Sketch of the medical history of the native army of Bombay, for the year
Year: 1876
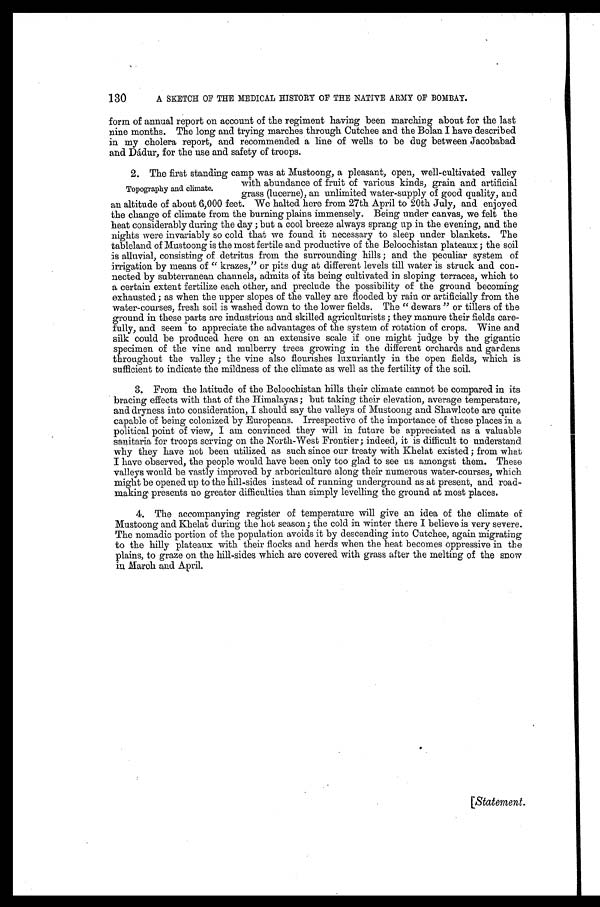
130.
A SKETCH OP THE MEDICAL HISTORY OF THE NATIVE ARMY OF BOMBAY.
form of annual report on account of the regiment having been marching about for the last
nine months. The long and trying marches through Cutchee and the Bolan I have described
in my cholera report, and recommended a line of wells to be dug between Jacobabad
and Dadur, for the use and safety of troops.
2. The first standing camp was at Mustoong, a pleasant, open, well-cultivated valley
with abundance of fruit of various kinds, grain and artificial
grass (lucerne), an unlimited water-supply of good quality, and
an altitude of about 6,000 feet. We halted here from 27th April to 20th July, and enjoyed
the change of climate from the burning plains immensely. Being under canvas, we felt the
heat considerably during the day ; but a cool breeze always sprang up in the evening, and the
nights were invariably so cold that we found it necessary to sleep under blankets. The
tableland of Mustoong is the most fertile and productive of the Beloochistan plateaux ; the soil
is alluvial, consisting of detritus from the surrounding hills ; and the peculiar system of
irrigation by means of "krazes,"or pits dug at different levels till water is struck and con--
nected by subterranean channels, admits of its being cultivated in sloping terraces, which to
a certain extent fertilize each other, and preclude the possibility of the ground becoming
exhausted ; as when the upper slopes of the valley are flooded by rain or artificially from the
water-courses, fresh soil is washed down to the lower fields. The" dewars " or tillers of the
ground in these parts are industrious and skilled agriculturists ; they manure their fields care--
fully, and seem to appreciate the advantages of the system of rotation of crops. Wine and
silk could be produced here on an extensive scale if one might judge by the gigantic
specimen of the vine and mulberry trees growing in the different orchards and gardens
throughout the valley ; the vine also flourishes luxuriantly in the open fields, which is
sufficient to indicate the mildness of the climate as well as the fertility of the soil.
3. From the latitude of the Beloochistan hills their climate cannot be compared in its
bracing effects with that of the Himalayas ; but taking their elevation, average temperature,
and dryness into consideration, I should say the valleys of Mustoong and Shawlcote are quite
capable of being colonized by Europeans. Irrespective of the importance of these places in a
political point of view, I am convinced they will in future be appreciated as a valuable
sanitaria for troops serving on the North-West Frontier; indeed, it is difficult to understand
why they have not been utilized as such since our treaty with Khelat existed ; from what
I have observed, the people would have been only too glad to see us amongst them- These
valleys would be vastly improved by arboriculture along their numerous water-courses, which
might be opened up to the hill-sides instead of running underground as at present, and road-
making presents no greater difficulties than simply levelling the ground at most places.
4. The accompanying register of temperature will give an idea of the climate of
Mustoong and Khelat during the hot season ; the cold in winter there I believe is very severe.
The nomadic portion of the population avoids it by descending into Cutchee, again migrating
to the hilly plateaux with their flocks and herds when the heat becomes oppressive in the
plains, to graze on the hill-sides which are covered with grass after the melting of the snow
in March and April.
Topography and climate.
[Statement.